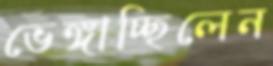
ভেঙ্গাচ্ছিলেন